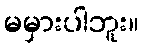
မမှားပါဘူး။